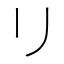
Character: リ